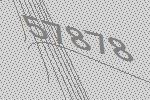
57878